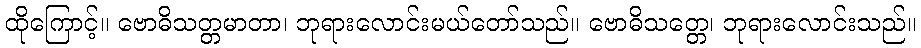
ထိုကြောင့်။ ဗောဓိသတ္တမာတာ၊ ဘုရားလောင်းမယ်တော်သည်။ ဗောဓိသတ္တေ၊ ဘုရားလောင်းသည်။